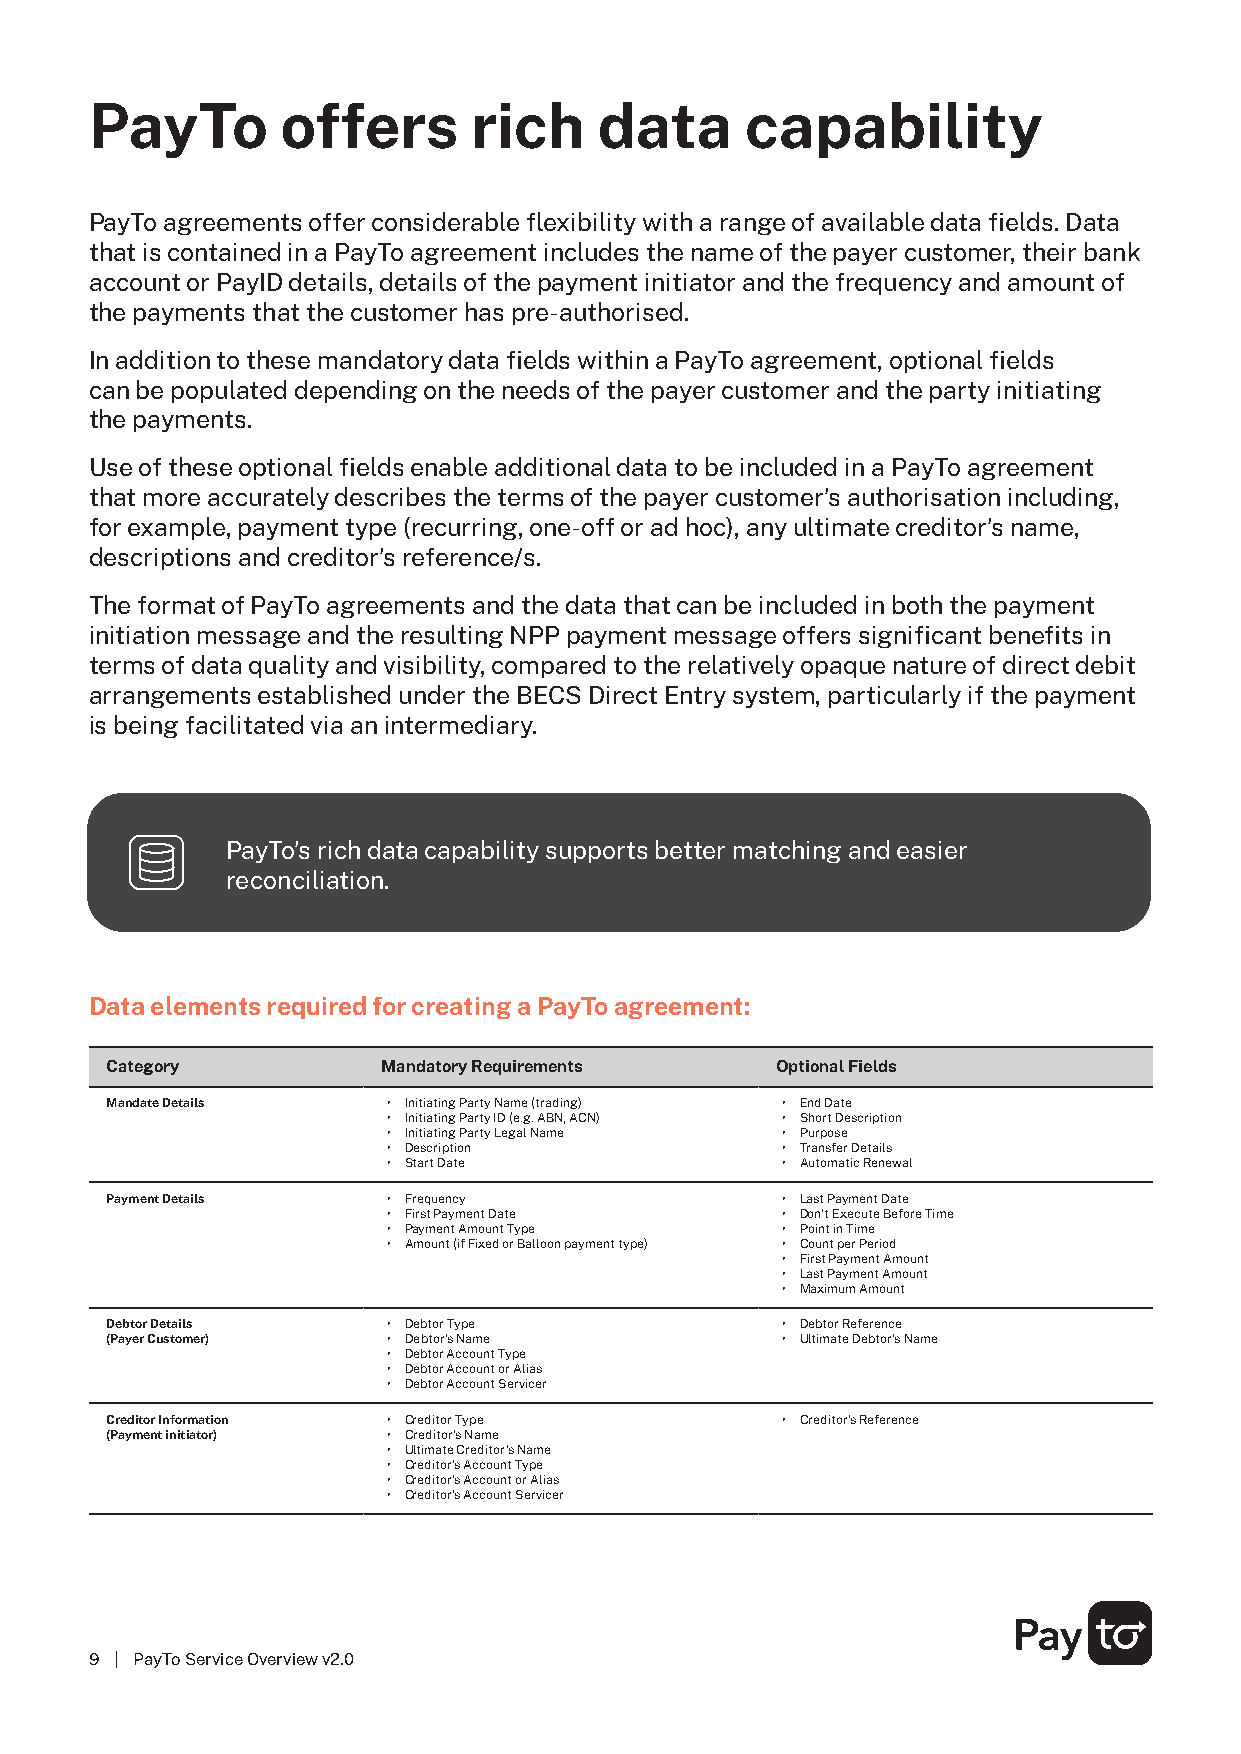
PayTo        offers      rich     data     capability
 PayTo agreements offer considerable flexibility with a range of available data fields. Data
 that is contained in a PayTo agreement includes the name of the payer customer, their bank
 account or PayID details, details of the payment initiator and the frequency and amount of
 the payments that the customer has pre-authorised.
 In addition to these mandatory data fields within a PayTo agreement, optional fields
 can be populated depending on the needs of the payer customer and the party initiating
 the payments.
 Use of these optional fields enable additional data to be included in a PayTo agreement
 that more accurately describes the terms of the payer customer’s authorisation including,
 for example, payment type (recurring, one-off or ad hoc), any ultimate creditor’s name,
 descriptions and creditor’s reference/s.
 The format of PayTo agreements and the data that can be included in both the payment
 initiation message and the resulting NPP payment message offers significant benefits in
 terms of data quality and visibility, compared to the relatively opaque nature of direct debit
 arrangements established under the BECS Direct Entry system, particularly if the payment
 is being facilitated via an intermediary.
 PayTo’s rich data capability supports better matching and easier
 reconciliation.
 Data elements required for creating a PayTo agreement:
 Category          Mandatory Requirements    Optional Fields
 Mandate Details    • Initiating Party Name (trading) • End Date
 • Initiating Party ID (e.g. ABN, ACN) • Short Description
 • Initiating Party Legal Name • Purpose
 • Description             • Transfer Details
 • Start Date              • Automatic Renewal
 Payment Details    • Frequency               • Last Payment Date
 • First Payment Date      • Don’t Execute Before Time
 • Payment Amount Type     • Point in Time
 • Amount (if Fixed or Balloon payment type) • Count per Period
 • First Payment Amount
 • Last Payment Amount
 • Maximum Amount
 Debtor Details     • Debtor Type             • Debtor Reference
 (Payer Customer)   • Debtor’s Name           • Ultimate Debtor’s Name
 • Debtor Account Type
 • Debtor Account or Alias
 • Debtor Account Servicer
 Creditor Information • Creditor Type         • Creditor’s Reference
 (Payment initiator) • Creditor’s Name
 • Ultimate Creditor’s Name
 • Creditor’s Account Type
 • Creditor’s Account or Alias
 • Creditor’s Account Servicer
 9 | PayTo Service Overview v2.0